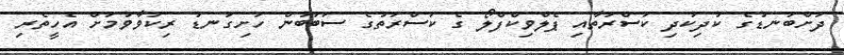
ދަށްބަނޑުގެ ކުދިކުދި ކަސްރަތާއި ޕެލްވިކްފްލޯ ގެ ކަސްރަތުގެ ސަބަބުން ހަށިގަނޑު ރިކަވާވުމަށް އެހީތެރި